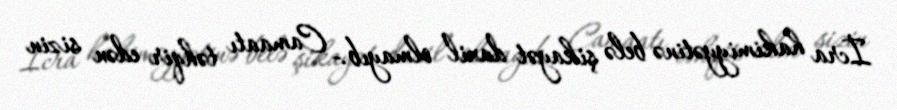
İcra hakimiyyətinə belə şikayət daxil olmayıb.- Camaatı təhqir edən sizin